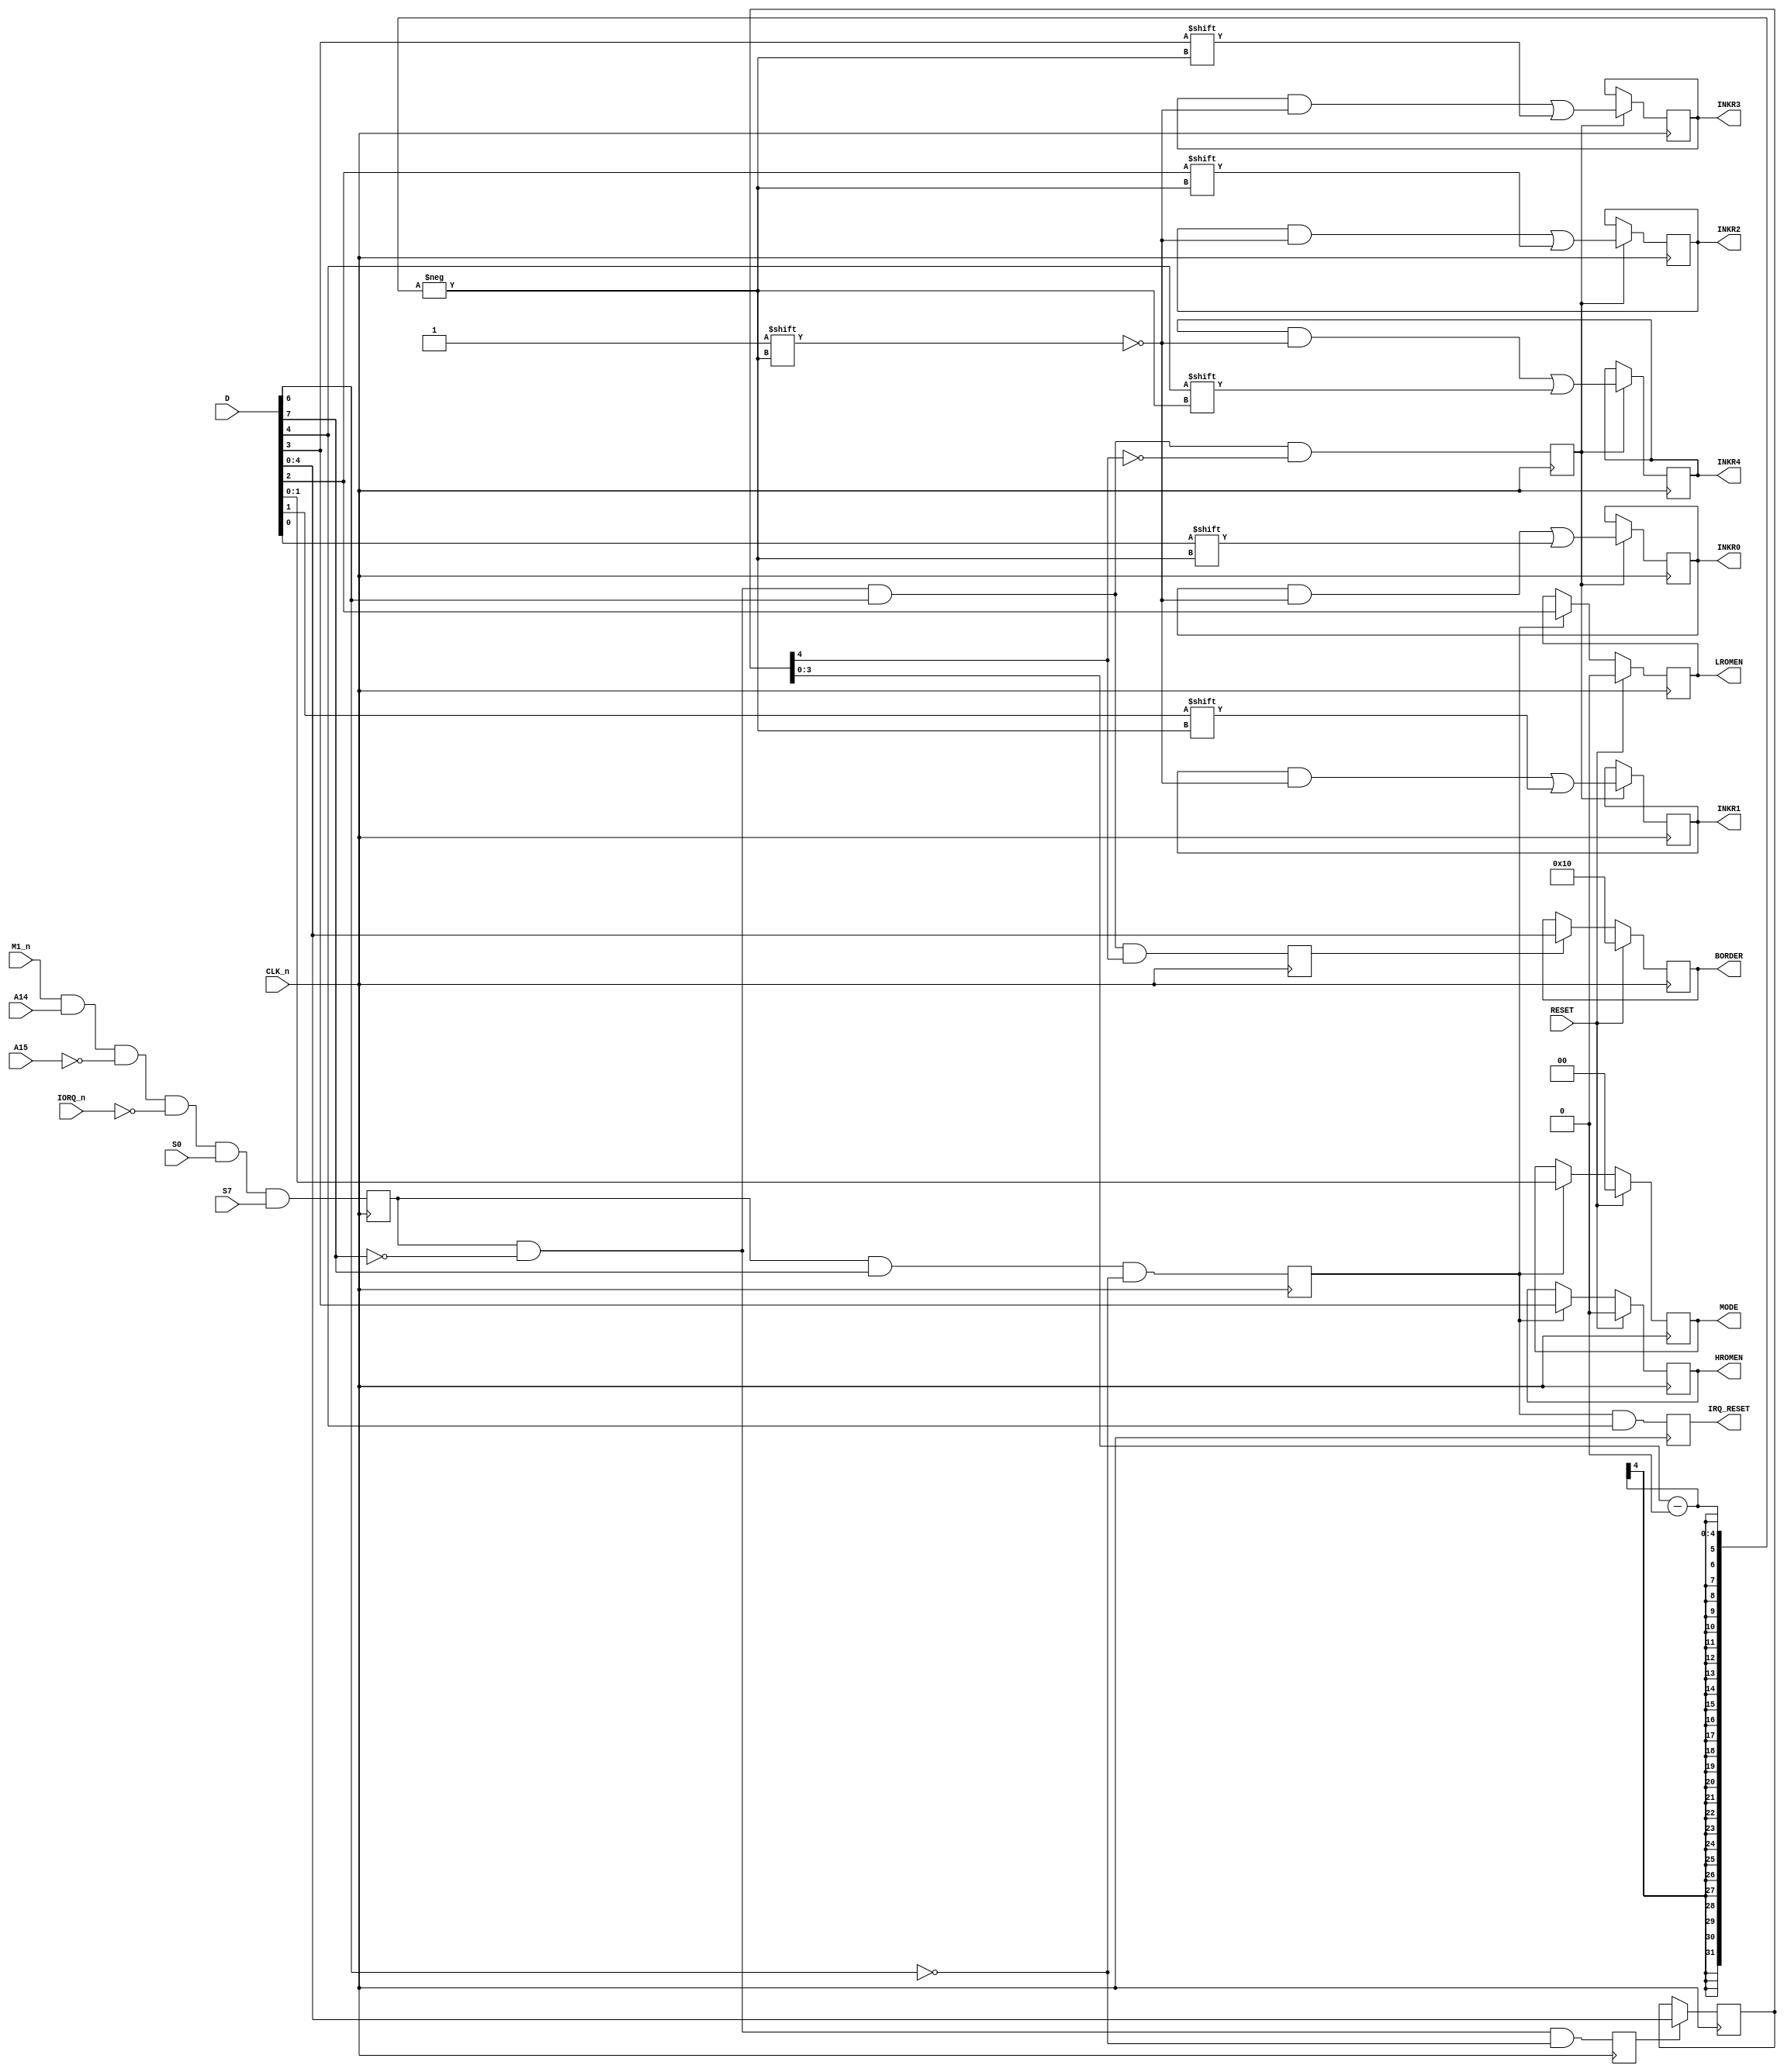
// ===============================================================================
//
//  Amstrad CPC Gate Array for Xilinx X95288XL
//
//  Copyright (C) 2021 Darren Johnstone <darren@darrenjohnstone.scot>
//
//  This program is free software; you can redistribute it and/or modify it
//  under the terms of the GNU General Public License as published by the Free
//  Software Foundation; either version 2 of the License, or (at your option)
//  any later version.
//
//  This program is distributed in the hope that it will be useful, but WITHOUT
//  ANY WARRANTY; without even the implied warranty of MERCHANTABILITY or
//  FITNESS FOR A PARTICULAR PURPOSE.  See the GNU General Public License for
//  more details.
//
//  You should have received a copy of the GNU General Public License along
//  with this program; if not, write to the Free Software Foundation, Inc.,
//  51 Franklin Street, Fifth Floor, Boston, MA 02110-1301 USA.
//
//  Acknowledgements:
//
//  Based on 40010-simplified_V03.pdf by Gerald 
//  (https://www.cpcwiki.eu/forum/amstrad-cpc-hardware/gate-array-decapped!) 
//  
//  Partially based on  the Amstrad MiSTer core by Gyorgy Szombathelyi
//  https://github.com/MiSTer-devel/Amstrad_MiSTer/tree/master/rtl/GA40010
// ===============================================================================
module Registers(input CLK_n,
                 input RESET,
                 input M1_n,
                 input A14,
                 input A15,
                 input IORQ_n,
                 input S0,
                 input S7,
                 input[7 : 0] D,
                 output reg [4 : 0] BORDER,
                 output reg IRQ_RESET,
                 output reg HROMEN,
                 output reg LROMEN,
                 output reg [1 : 0] MODE,
                 output reg [15 : 0] INKR0,
                 output reg [15 : 0] INKR1,
                 output reg [15 : 0] INKR2,
                 output reg [15 : 0] INKR3,
                 output reg [15 : 0] INKR4);

  reg[4 : 0] inksel;
  reg ink_en,
      reg_sel,
      inksel_en,
      border_en,
      reg_en;

  // Move to clock domain
  always
    @(posedge CLK_n)
      begin
        // wires
        reg_sel <= M1_n & A14 & ~A15 & ~IORQ_n & S0 & S7; // u401
        inksel_en <= reg_sel & ~D[7] & ~D[6]; // u402
        border_en <= reg_sel & ~D[7] & D[6] & inksel[4]; // u408
        reg_en <= reg_sel & D[7] & ~D[6]; // u414

        // on the schematic the ~inksel[4] condition is missing, but this would mean border 
        // and ink potentially being selected at the same time
        ink_en <= reg_sel & ~D[7] & D[6] & ~inksel[4]; // u420

        // inksel branch
        if (inksel_en)
          inksel <= D[4 : 0];
        // border branch
        if (RESET)
          BORDER <= 5'b10000;
        else
          if (border_en)
            BORDER <= D[4 : 0];
        // register branch
        if (RESET)
          { HROMEN, LROMEN, MODE[1], MODE[0] } <= 0;
        else
          if (reg_en)
            { HROMEN, LROMEN, MODE[1], MODE[0] } <= D[3 : 0];
        // ink branch
        if (ink_en)
          begin
            INKR0[inksel[3 : 0]] <= D[0];
            INKR1[inksel[3 : 0]] <= D[1];
            INKR2[inksel[3 : 0]] <= D[2];
            INKR3[inksel[3 : 0]] <= D[3];
            INKR4[inksel[3 : 0]] <= D[4];
          end

          IRQ_RESET <= reg_en & D[4];
      end

endmodule